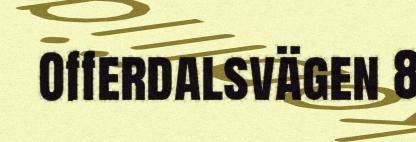
Offerdalsvägen 8